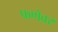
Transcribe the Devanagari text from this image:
फणेवर